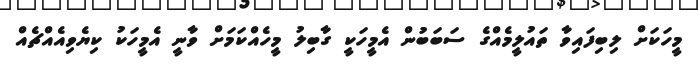
މީހަކަށް ލިބިފައިވާ ތައުލީމެއްގެ ސަބަބުން އެމީހަކީ ގާބިލު މީހެއްކަމަށް ވާނީ އެމީހަކު ކިޔެވިއެއްޗެއް